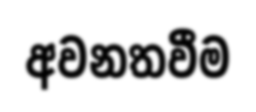
අවනතවීම